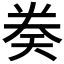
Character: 𫝤